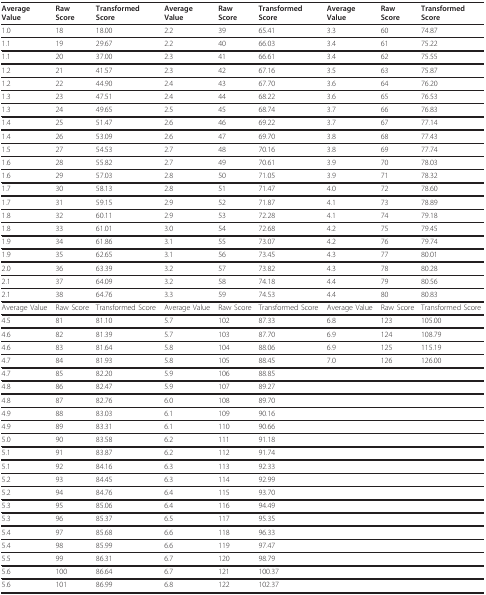
<table><thead><tr><td><b>Average Value</b></td><td><b>Raw Score</b></td><td><b>Transformed Score</b></td><td><b>Average Value</b></td><td><b>Raw Score</b></td><td><b>Transformed Score</b></td><td><b>Average Value</b></td><td><b>Raw Score</b></td><td><b>Transformed Score</b></td></tr></thead><tbody><tr><td>1.0</td><td>18</td><td>18.00</td><td>2.2</td><td>39</td><td>65.41</td><td>3.3</td><td>60</td><td>74.87</td></tr><tr><td>1.1</td><td>19</td><td>29.67</td><td>2.2</td><td>40</td><td>66.03</td><td>3.4</td><td>61</td><td>75.22</td></tr><tr><td>1.1</td><td>20</td><td>37.00</td><td>2.3</td><td>41</td><td>66.61</td><td>3.4</td><td>62</td><td>75.55</td></tr><tr><td>1.2</td><td>21</td><td>41.57</td><td>2.3</td><td>42</td><td>67.16</td><td>3.5</td><td>63</td><td>75.87</td></tr><tr><td>1.2</td><td>22</td><td>44.90</td><td>2.4</td><td>43</td><td>67.70</td><td>3.6</td><td>64</td><td>76.20</td></tr><tr><td>1.3</td><td>23</td><td>47.51</td><td>2.4</td><td>44</td><td>68.22</td><td>3.6</td><td>65</td><td>76.53</td></tr><tr><td>1.3</td><td>24</td><td>49.65</td><td>2.5</td><td>45</td><td>68.74</td><td>3.7</td><td>66</td><td>76.83</td></tr><tr><td>1.4</td><td>25</td><td>51.47</td><td>2.6</td><td>46</td><td>69.22</td><td>3.7</td><td>67</td><td>77.14</td></tr><tr><td>1.4</td><td>26</td><td>53.09</td><td>2.6</td><td>47</td><td>69.70</td><td>3.8</td><td>68</td><td>77.43</td></tr><tr><td>1.5</td><td>27</td><td>54.53</td><td>2.7</td><td>48</td><td>70.16</td><td>3.8</td><td>69</td><td>77.74</td></tr><tr><td>1.6</td><td>28</td><td>55.82</td><td>2.7</td><td>49</td><td>70.61</td><td>3.9</td><td>70</td><td>78.03</td></tr><tr><td>1.6</td><td>29</td><td>57.03</td><td>2.8</td><td>50</td><td>71.05</td><td>3.9</td><td>71</td><td>78.32</td></tr><tr><td>1.7</td><td>30</td><td>58.13</td><td>2.8</td><td>51</td><td>71.47</td><td>4.0</td><td>72</td><td>78.60</td></tr><tr><td>1.7</td><td>31</td><td>59.15</td><td>2.9</td><td>52</td><td>71.87</td><td>4.1</td><td>73</td><td>78.89</td></tr><tr><td>1.8</td><td>32</td><td>60.11</td><td>2.9</td><td>53</td><td>72.28</td><td>4.1</td><td>74</td><td>79.18</td></tr><tr><td>1.8</td><td>33</td><td>61.01</td><td>3.0</td><td>54</td><td>72.68</td><td>4.2</td><td>75</td><td>79.45</td></tr><tr><td>1.9</td><td>34</td><td>61.86</td><td>3.1</td><td>55</td><td>73.07</td><td>4.2</td><td>76</td><td>79.74</td></tr><tr><td>1.9</td><td>35</td><td>62.65</td><td>3.1</td><td>56</td><td>73.45</td><td>4.3</td><td>77</td><td>80.01</td></tr><tr><td>2.0</td><td>36</td><td>63.39</td><td>3.2</td><td>57</td><td>73.82</td><td>4.3</td><td>78</td><td>80.28</td></tr><tr><td>2.1</td><td>37</td><td>64.09</td><td>3.2</td><td>58</td><td>74.18</td><td>4.4</td><td>79</td><td>80.56</td></tr><tr><td>2.1</td><td>38</td><td>64.76</td><td>3.3</td><td>59</td><td>74.53</td><td>4.4</td><td>80</td><td>80.83</td></tr><tr><td>Average Value</td><td>Raw Score</td><td>Transformed Score</td><td>Average Value</td><td>Raw Score</td><td>Transformed Score</td><td>Average Value</td><td>Raw Score</td><td>Transformed Score</td></tr><tr><td>4.5</td><td>81</td><td>81.10</td><td>5.7</td><td>102</td><td>87.33</td><td>6.8</td><td>123</td><td>105.00</td></tr><tr><td>4.6</td><td>82</td><td>81.39</td><td>5.7</td><td>103</td><td>87.70</td><td>6.9</td><td>124</td><td>108.79</td></tr><tr><td>4.6</td><td>83</td><td>81.64</td><td>5.8</td><td>104</td><td>88.06</td><td>6.9</td><td>125</td><td>115.19</td></tr><tr><td>4.7</td><td>84</td><td>81.93</td><td>5.8</td><td>105</td><td>88.45</td><td>7.0</td><td>126</td><td>126.00</td></tr><tr><td>4.7</td><td>85</td><td>82.20</td><td>5.9</td><td>106</td><td>88.85</td><td></td><td></td><td></td></tr><tr><td>4.8</td><td>86</td><td>82.47</td><td>5.9</td><td>107</td><td>89.27</td><td></td><td></td><td></td></tr><tr><td>4.8</td><td>87</td><td>82.76</td><td>6.0</td><td>108</td><td>89.70</td><td></td><td></td><td></td></tr><tr><td>4.9</td><td>88</td><td>83.03</td><td>6.1</td><td>109</td><td>90.16</td><td></td><td></td><td></td></tr><tr><td>4.9</td><td>89</td><td>83.31</td><td>6.1</td><td>110</td><td>90.66</td><td></td><td></td><td></td></tr><tr><td>5.0</td><td>90</td><td>83.58</td><td>6.2</td><td>111</td><td>91.18</td><td></td><td></td><td></td></tr><tr><td>5.1</td><td>91</td><td>83.87</td><td>6.2</td><td>112</td><td>91.74</td><td></td><td></td><td></td></tr><tr><td>5.1</td><td>92</td><td>84.16</td><td>6.3</td><td>113</td><td>92.33</td><td></td><td></td><td></td></tr><tr><td>5.2</td><td>93</td><td>84.45</td><td>6.3</td><td>114</td><td>92.99</td><td></td><td></td><td></td></tr><tr><td>5.2</td><td>94</td><td>84.76</td><td>6.4</td><td>115</td><td>93.70</td><td></td><td></td><td></td></tr><tr><td>5.3</td><td>95</td><td>85.06</td><td>6.4</td><td>116</td><td>94.49</td><td></td><td></td><td></td></tr><tr><td>5.3</td><td>96</td><td>85.37</td><td>6.5</td><td>117</td><td>95.35</td><td></td><td></td><td></td></tr><tr><td>5.4</td><td>97</td><td>85.68</td><td>6.6</td><td>118</td><td>96.33</td><td></td><td></td><td></td></tr><tr><td>5.4</td><td>98</td><td>85.99</td><td>6.6</td><td>119</td><td>97.47</td><td></td><td></td><td></td></tr><tr><td>5.5</td><td>99</td><td>86.31</td><td>6.7</td><td>120</td><td>98.79</td><td></td><td></td><td></td></tr><tr><td>5.6</td><td>100</td><td>86.64</td><td>6.7</td><td>121</td><td>100.37</td><td></td><td></td><td></td></tr><tr><td>5.6</td><td>101</td><td>86.99</td><td>6.8</td><td>122</td><td>102.37</td><td></td><td></td><td></td></tr></tbody></table>